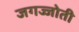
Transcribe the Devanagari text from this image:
जगज्जोती